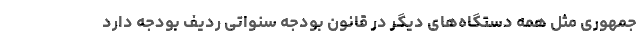
جمهوری مثل همه دستگاه‌های دیگر در قانون بودجه سنواتی ردیف بودجه دارد